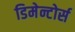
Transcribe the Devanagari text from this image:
डिमेन्टोर्स